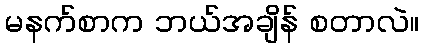
မနက်စာက ဘယ်အချိန် စတာလဲ။